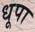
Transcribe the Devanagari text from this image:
धूपा